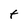
Character: t